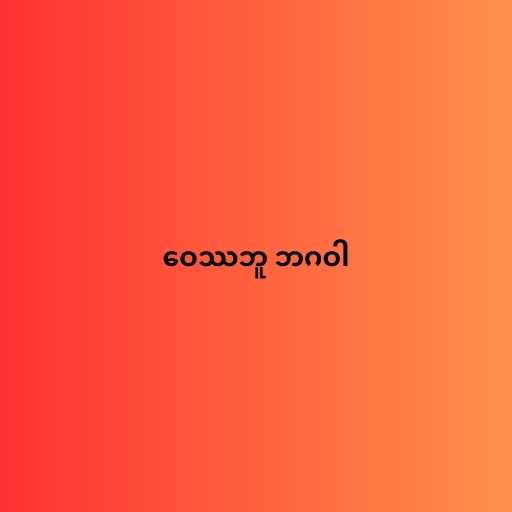
ဝေဿဘူ ဘဂဝါ